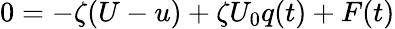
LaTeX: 0=-\zeta(U-u)+\zeta U_{0}q(t)+F(t)